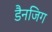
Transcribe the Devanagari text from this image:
डैनजिग